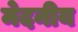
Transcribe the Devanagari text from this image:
मेदनीय